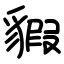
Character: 貑